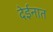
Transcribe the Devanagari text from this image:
देईनात